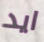
ايد